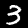
Digit: 3